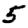
Digit: 5